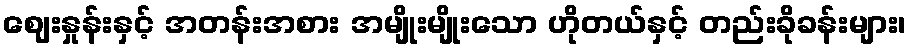
ဈေးနှုန်းနှင့် အတန်းအစား အမျိုးမျိုးသော ဟိုတယ်နှင့် တည်းခိုခန်းများ၊